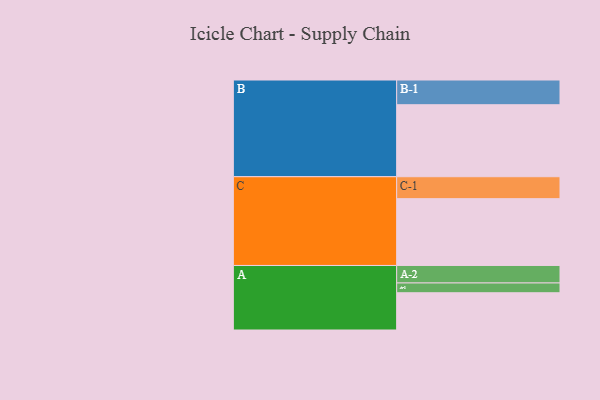
{"axis": {"x": "Segment", "y": "Value"}, "legend": ["", "A", "B", "C"], "data": [{"x": "A", "y": 309, "type": ""}, {"x": "B", "y": 597, "type": ""}, {"x": "C", "y": 554, "type": ""}, {"x": "A-1", "y": 81, "type": "A"}, {"x": "A-2", "y": 145, "type": "A"}, {"x": "B-1", "y": 205, "type": "B"}, {"x": "C-1", "y": 182, "type": "C"}]}